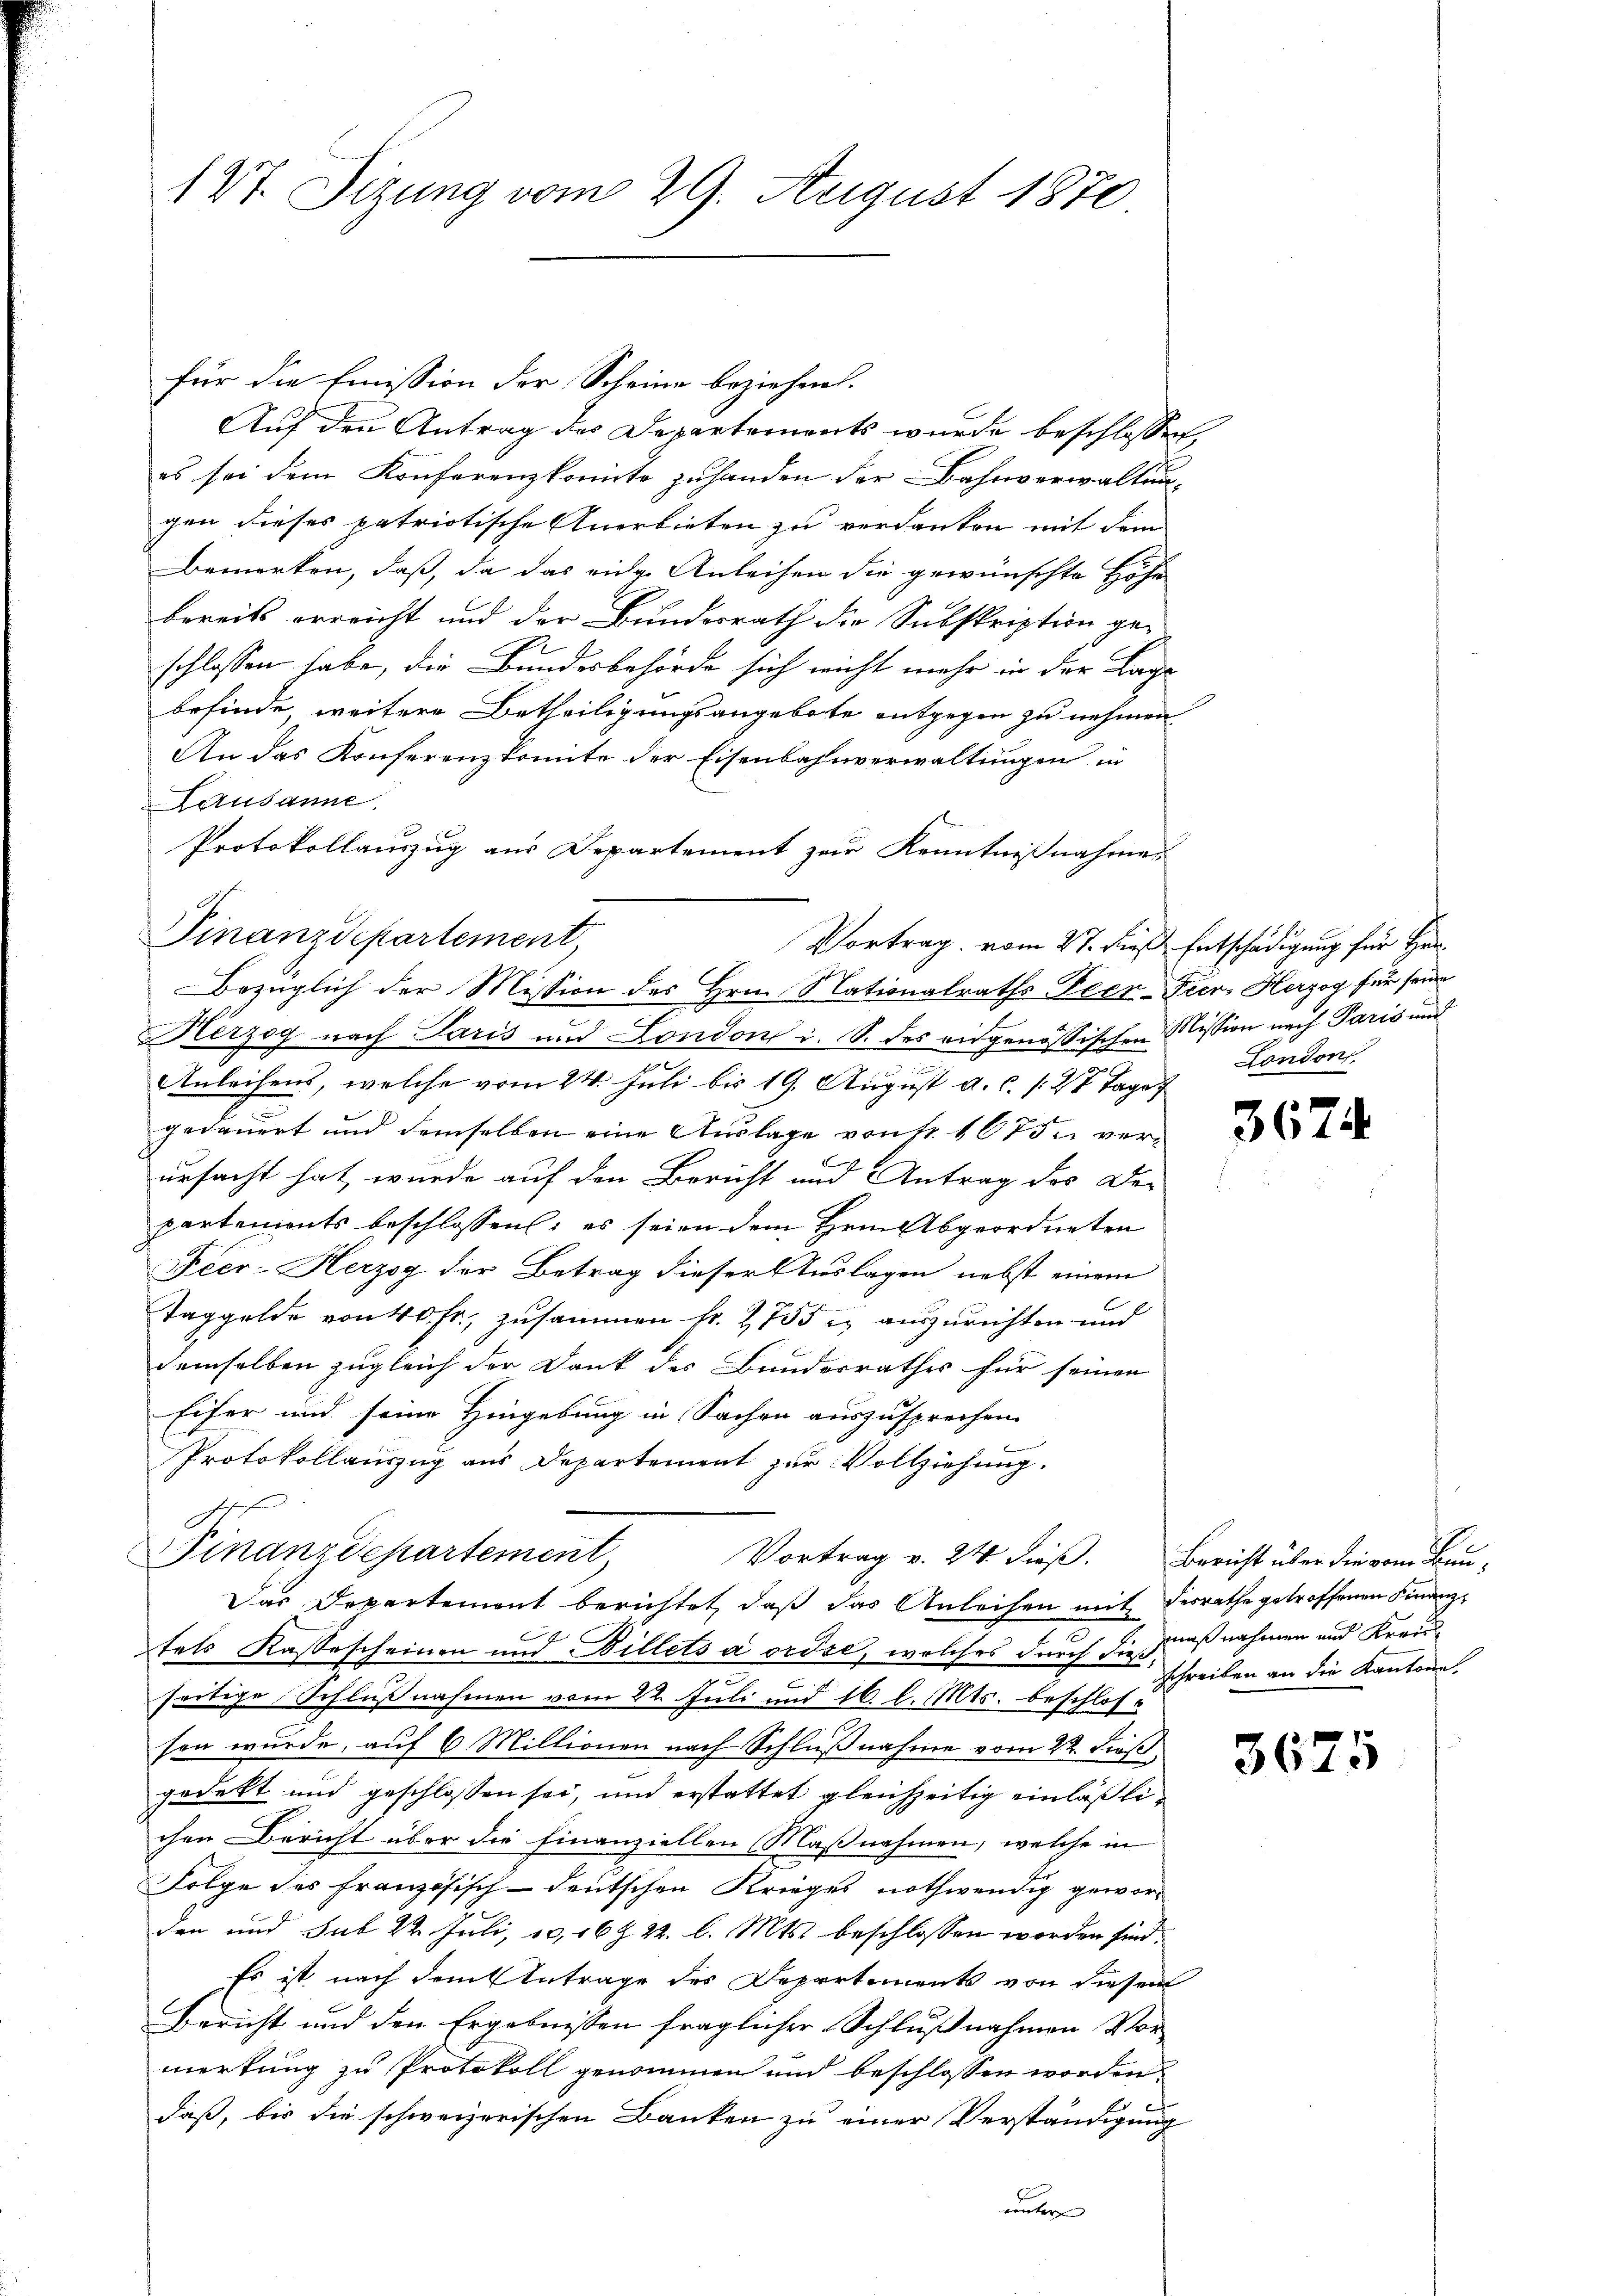
127. Sitzung vom 29. August 1870

für die Emission der Scheine beziehen.
Auf den Antrag des Departenwarts wurde beschlossen,
es sei dem Konferenzkomite zu handen der Bahnverwaltungen dieses patriotische Anerbieten zu verdanken mit dem
bemerken, daß, da das eige Anleihen die gewünschte Höhe
bereits erreicht und der Bundesrath die Subskription ge-
schlossen habe, die Bundesbehörde sich nicht mehr in der Lage
befinde weitere Betheiligungsangebote entgegen zu nehmen
An das Konferenzkomite der Eisenbahnverwaltungen in
Lausanne
Protokollauszug aus Departement zur Kenntnißnahme
Finanzdepartement
Bezüglich der Mission des Hrn. Nationalraths Peer-Fier, Herzog für seine
Herzog nach Paris und London i. S. des eidgenössischen Mission nach Paris und
Anleihens, welche vom 24. Juli bis 19. August a. c. 127 Tage
gedauert und demselben eine Auslage von fr. 1675 verursacht hat, wurde auf den Bericht und Antrag des De-
partements beschlossen; es seien dem Hrn. Abgeordneten
Feer- Herzog der Betrag dieser Auslagen nebst einem
Taggelde von 40 fr, zusammen fr. 1755 c. auszurichten und
demselben zugleich der Dank des Bundesrathes für seinen
Eifer und seine Hingebung in Sachen auszusprechen.
Protokollauszug aus Departement zur Vollziehung.
e
Finanzdepartement,
Vortrag v. 24. dieß. Bericht über die vom Bau¬
Das Departement berichtet, daß das Anleihen mit desrathe getroffenen Finanz-
tels Kassescheinen und Billets a ordse, welches durch die naßnahmen und Krauseitige Schlußnahmen vom 22. Juli und 16. l. Mts. beschlossen wurde, auf 6 Millionen nach Schlußnahme vom 22. dieß
gedekt und geschlossen sei, und erstattet gleichzeitig einläßlichen Bericht über die Finanziellen Maßnahmen, welche in
Folge des französisch-deutschen Krieges nothwendig geworden und sub 22. Juli, 10, 16 Z 22. l. Mts. beschlossen worden sind.
Es ist nach dem Antrage des Departements von diesem
Bericht und den Ergebnissen fraglicher Schlußnahmen Vor-
merkung zu Protokoll genommen und beschlossen worden,
daß, bis die schweizerischen Banken zu einer Verständigung
unter

Vortrag vom 27. dieß, Entschädigung für Her¬

London.

362

schreiben an die Kantone

362